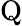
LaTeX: \mathrm{Q}